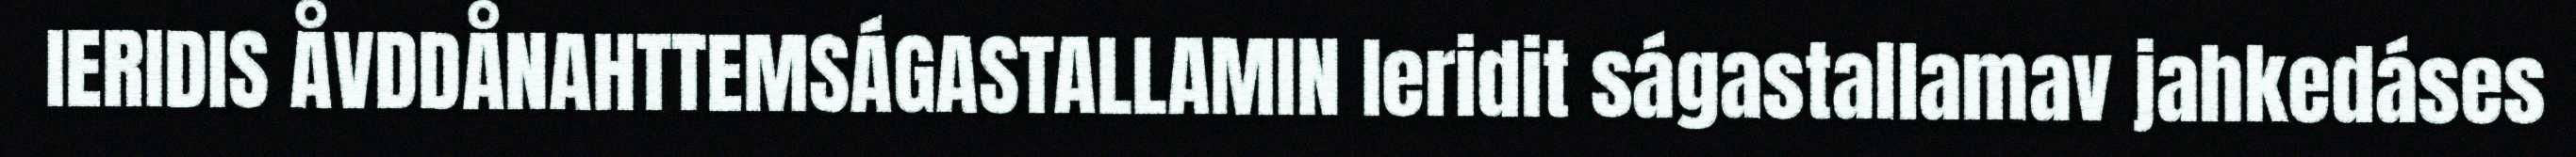
IERIDIS ÅVDDÅNAHTTEMSÁGASTALLAMIN Ieridit ságastallamav jahkedáses